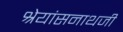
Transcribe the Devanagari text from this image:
श्रेयांसनाथजी